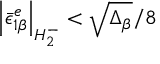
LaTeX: \left| { \bar { \epsilon } } _ { 1 \beta } ^ { e } \right| _ { H _ { 2 } ^ { - } } < \sqrt { \Delta _ { \beta } } / 8